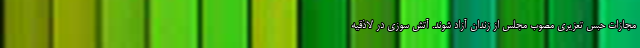
مجازات حبس تعزیری مصوب مجلس از زندان آزاد شوند. آتش سوزی در لاذقیه